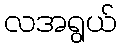
လအရွယ်